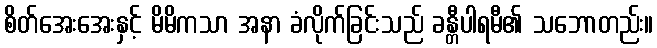
စိတ်အေးအေးနှင့် မိမိကသာ အနာ ခံလိုက်ခြင်းသည် ခန္တီပါရမီ၏ သဘောတည်း။